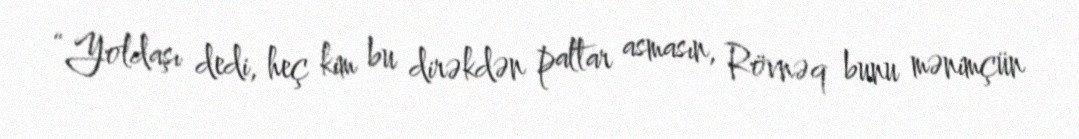
“Yoldaşı dedi, heç kim bu dirəkdən paltar asmasın, Rövnəq bunu mənimçün